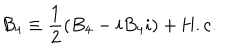
{ \cal B } _ { 4 } \equiv \frac { 1 } { 2 } ( B _ { 4 } - i B _ { 4 } i ) + \mathrm { H . c . }